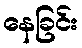
နေခြင်း